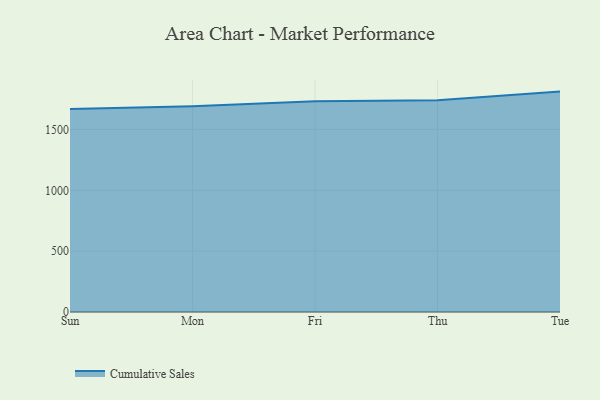
{"axis": {"x": "Day", "y": "Backlog"}, "legend": ["Cumulative Sales"], "data": [{"x": "Sun", "y": 1668.2, "type": "Cumulative Sales"}, {"x": "Mon", "y": 1691.0, "type": "Cumulative Sales"}, {"x": "Fri", "y": 1732.4, "type": "Cumulative Sales"}, {"x": "Thu", "y": 1740.7, "type": "Cumulative Sales"}, {"x": "Tue", "y": 1811.9, "type": "Cumulative Sales"}]}